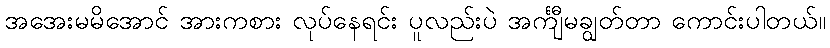
အအေးမမိအောင် အားကစား လုပ်နေရင်း ပူလည်းပဲ အင်္ကျီမချွတ်တာ ကောင်းပါတယ်။